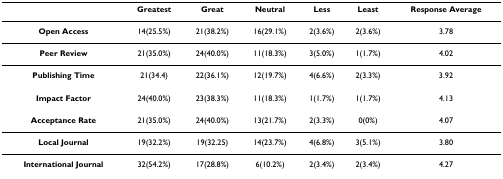
<table><thead><tr><td></td><td><b>Greatest</b></td><td><b>Great</b></td><td><b>Neutral</b></td><td><b>Less</b></td><td><b>Least</b></td><td><b>Response Average</b></td></tr></thead><tbody><tr><td><b>Open Access</b></td><td>14(25.5%)</td><td>21(38.2%)</td><td>16(29.1%)</td><td>2(3.6%)</td><td>2(3.6%)</td><td>3.78</td></tr><tr><td><b>Peer Review</b></td><td>21(35.0%)</td><td>24(40.0%)</td><td>11(18.3%)</td><td>3(5.0%)</td><td>1(1.7%)</td><td>4.02</td></tr><tr><td><b>Publishing Time</b></td><td>21(34.4)</td><td>22(36.1%)</td><td>12(19.7%)</td><td>4(6.6%)</td><td>2(3.3%)</td><td>3.92</td></tr><tr><td><b>Impact Factor</b></td><td>24(40.0%)</td><td>23(38.3%)</td><td>11(18.3%)</td><td>1(1.7%)</td><td>1(1.7%)</td><td>4.13</td></tr><tr><td><b>Acceptance Rate</b></td><td>21(35.0%)</td><td>24(40.0%)</td><td>13(21.7%)</td><td>2(3.3%)</td><td>0(0%)</td><td>4.07</td></tr><tr><td><b>Local Journal</b></td><td>19(32.2%)</td><td>19(32.25)</td><td>14(23.7%)</td><td>4(6.8%)</td><td>3(5.1%)</td><td>3.80</td></tr><tr><td><b>International Journal</b></td><td>32(54.2%)</td><td>17(28.8%)</td><td>6(10.2%)</td><td>2(3.4%)</td><td>2(3.4%)</td><td>4.27</td></tr></tbody></table>